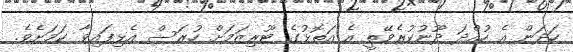
ހަދަން އެ ހުއްދަ ދޫނުކުރެވޭތީ އެ އަތޮޅުގެ ޓޫރިޒަމަށް ހުރަސް އެޅިފައިވާ ކަމަށެެވެ.